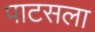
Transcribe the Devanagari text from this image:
पाटसला